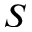
S